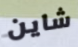
شاين